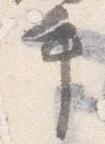
手